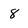
Character: 8